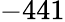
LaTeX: -441